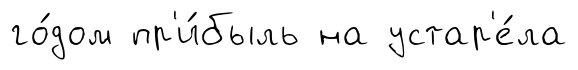
го́дом пр'и́быль на устар'е́ла